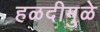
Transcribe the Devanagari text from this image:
हळदीमुळे